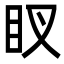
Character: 䀑